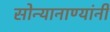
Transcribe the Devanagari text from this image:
सोन्यानाण्यांनी